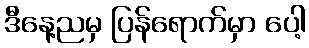
ဒီနေ့ညမှ ပြန်ရောက်မှာ ပေါ့